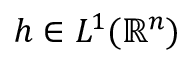
h \in L ^ { 1 } ( \mathbb { R } ^ { n } )